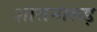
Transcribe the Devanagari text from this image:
शासनारूड़